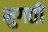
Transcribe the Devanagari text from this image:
भुगती